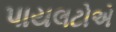
પાયલટોએ